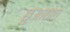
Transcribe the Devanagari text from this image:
छुआछात